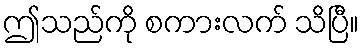
ဤသည်ကို စကားလက် သိပြီ။